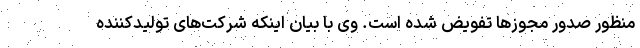
منظور صدور مجوزها تفویض شده است. وی با بیان اینکه شرکت‌های تولیدکننده